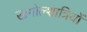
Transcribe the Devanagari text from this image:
खगोल्शात्रियों